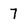
Character: 7